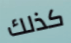
كذلك